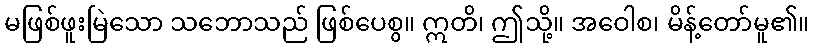
မဖြစ်ဖူးမြဲသော သဘောသည် ဖြစ်ပေစွ။ ဣတိ၊ ဤသို့။ အဝေါစ၊ မိန့်တော်မူ၏။